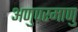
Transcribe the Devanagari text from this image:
अणुपरमाणु